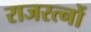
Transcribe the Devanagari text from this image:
राजरत्नों